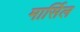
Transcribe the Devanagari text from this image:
मार्सिल